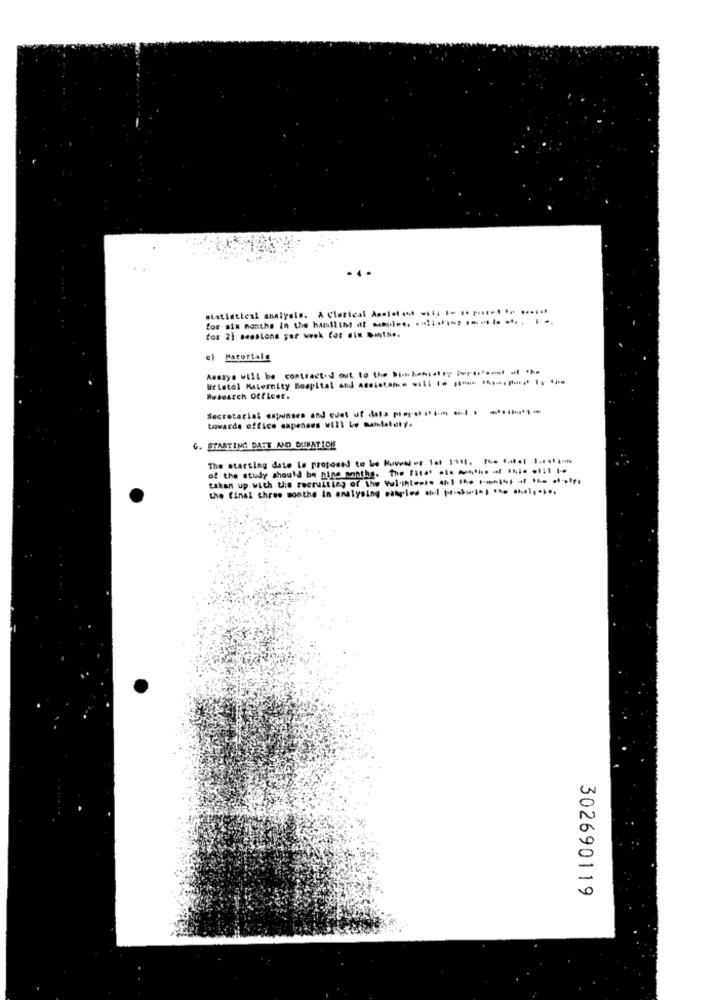
statistical analysis. A Clazteal As.t.t ... .... .. .. ...... ... ......
for six months In the handlth of ......... ..... ..... ........ ..
for 21 sessions yor week Cor sin Munthe.
c} Matertale
Amsays will be contract.d out to the hi- keniatry ter ... . .
Úřletol Maternity 8op1tal and 88mintam* * 1111* ** *-**** ly ***
Research Officer.
Secretarial expenses and edet ut data pop. .... . . ...
towards office capenses will Le mandatety.
G. STARTING DATE AND DUNATION
The starting date La proposed to be Huven or let 1991. 7. .... ......-.
of the study should be nine months. The Fitet ... .... - -- - 1 1
taken up with the recruitte, of the vol.ilest. ... ... . (* ** ***
the final three months in analysing naarled afel priskin(n) the chaly ....
302690119